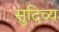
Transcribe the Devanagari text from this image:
सुदिव्य